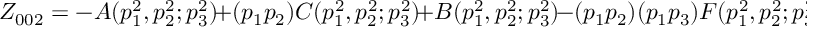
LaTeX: Z _ { 0 0 2 } = - A ( p _ { 1 } ^ { 2 } , p _ { 2 } ^ { 2 } ; p _ { 3 } ^ { 2 } ) \! + ( p _ { 1 } p _ { 2 } ) C ( p _ { 1 } ^ { 2 } , p _ { 2 } ^ { 2 } ; p _ { 3 } ^ { 2 } ) \! + B ( p _ { 1 } ^ { 2 } , p _ { 2 } ^ { 2 } ; p _ { 3 } ^ { 2 } ) \! - ( p _ { 1 } p _ { 2 } ) ( p _ { 1 } p _ { 3 } ) F ( p _ { 1 } ^ { 2 } , p _ { 2 } ^ { 2 } ; p _ { 3 } ^ { 2 } ) \! + ( p _ { 1 } p _ { 3 } ) H ,